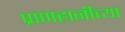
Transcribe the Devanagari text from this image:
प्राणहानीच्या